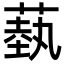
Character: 蓺